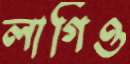
লাগিও